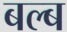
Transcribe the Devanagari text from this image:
बल्‍ब